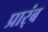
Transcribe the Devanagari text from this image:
प्रार्ंब